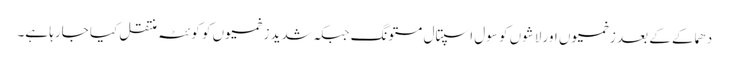
دھماکے کے بعد زخمیوں اور لاشوں کو سول اسپتال مستونگ جبکہ شدید زخمیوں کو کوئٹہ منتقل کیا جارہا ہے۔